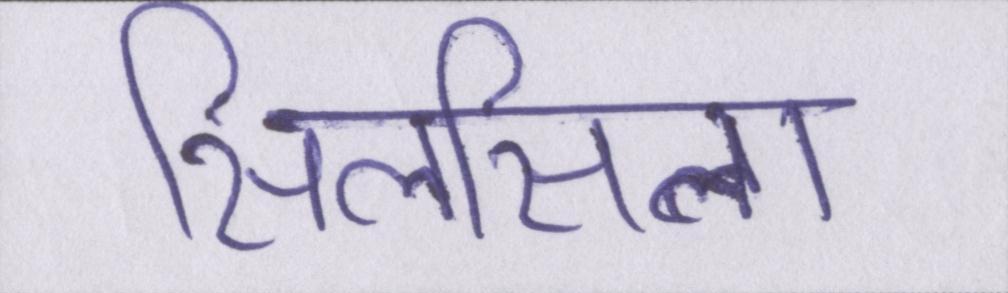
सिलसिला